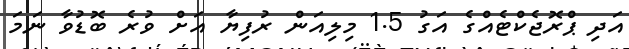
އަދި ޕްރޮޖެކްޓެއްގެ އަގު 1.5 މިލިއަން ރުފިޔާ އަށް ވުރެ ބޮޑުވާ ނަމަ